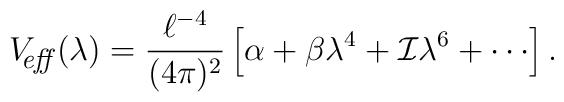
V_{\hbox{\footnotesize\it \hspace{-6pt} eff\,}}(\lambda)   ={\ell^{-4}\over (4\pi)^2}\left[\alpha                 +\beta \lambda^4+{\cal I}\lambda^6+\cdots \right].